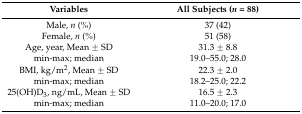
| Variables | All Subjects (n = 88) |
 | --- | --- |
 | Male, n (%) | 37 (42) |
 | Female, n (%) | 51 (58) |
 | Age, year, Mean ± SD | 31.3 ± 8.8 |
 | min-max; median | 19.0–55.0; 28.0 |
 | BMI, kg/m2, Mean ± SD | 22.3 ± 2.0 |
 | min-max; median | 18.2–25.0; 22.2 |
 | 25(OH)D3, ng/mL, Mean ± SD | 16.5 ± 2.3 |
 | min-max; median | 11.0–20.0; 17.0 |